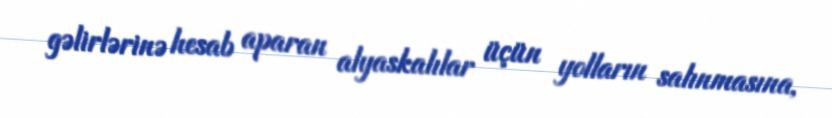
gəlirlərinə hesab aparan alyaskalılar üçün yolların salınmasına,